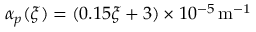
\alpha _ { p } ( \xi ) = ( 0 . 1 5 \xi + 3 ) \times 1 0 ^ { - 5 } \mathrm { \, m ^ { - 1 } }